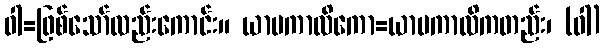
ဝါ=ဖြစ်သော်လည်းကောင်း။ ယာမကာလိကော=ယာမကာလိကတည်း၊ (ဝါ)